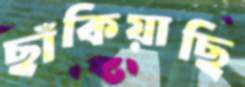
ছাঁকিয়াছি